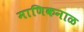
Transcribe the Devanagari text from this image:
माणिकनाळ